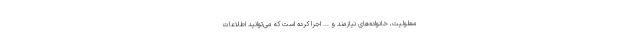
معلولیت، خانواده‌های نیازمند و ... اجرا کرده است که می‌توانید اطلاعات